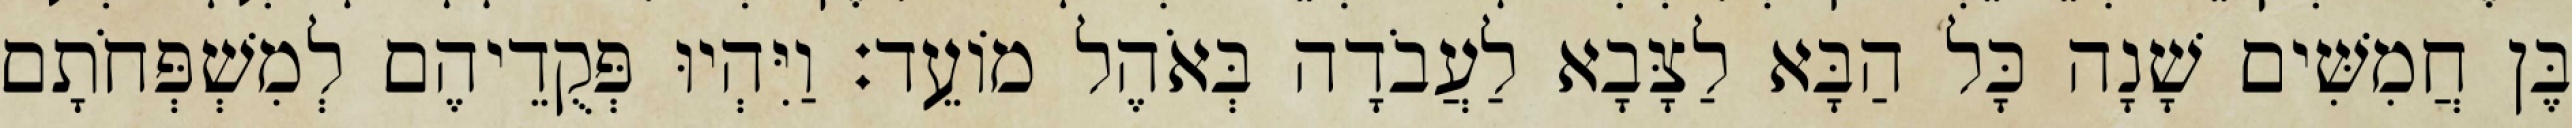
בֶּן חֲמִשִּׁים שָׁנָה כָּל הַבָּא לַצָּבָא לַעֲבֹדָה בְּאֹהֶל מוֹעֵד׃ וַיִּהְיוּ פְּקֻדֵיהֶם לְמִשְׁפְּחֹתָם